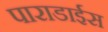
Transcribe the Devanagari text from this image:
पाराडाईस